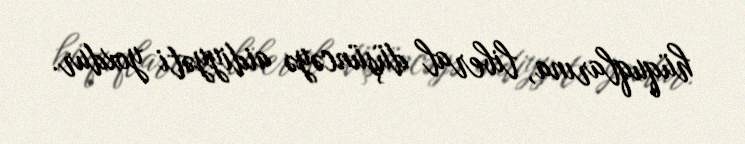
hüquqlarına, liberal düşüncəyə aidiyyəti yoxdur.